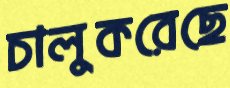
চালুকরেছে